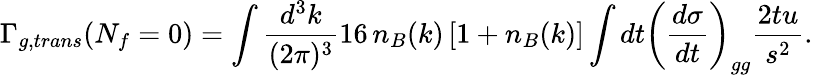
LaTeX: \Gamma_{g,trans}(N_{f}=0)=\int{\frac{d^{3}k}{(2\pi)^{3}}}16\, n_{B}(k)\, [1+n_{B}(k)]\int dt\left({\frac{d\sigma}{dt}}\right)_{gg}{\frac{2tu}{s^{2}}}.